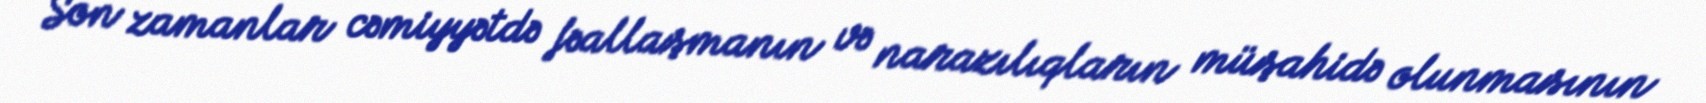
Son zamanlar cəmiyyətdə fəallaşmanın və narazılıqların müşahidə olunmasının